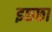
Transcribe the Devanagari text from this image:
इछ्छा